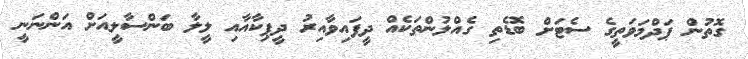
ގޮތުން ޕަދްމަވަތީގެ ސެޓަށް ބޮޑެތި ގެއްލުންތަކެއް ދީފައިވާއިރު ދީޕިކާއާއި ލީލާ ބަންސާލީއަށް އަންނަނީ